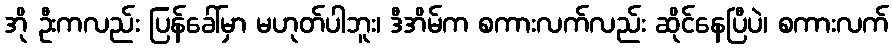
အို ဦးကလည်း ပြန်ခေါ်မှာ မဟုတ်ပါဘူး၊ ဒီအိမ်က စကားလက်လည်း ဆိုင်နေပြီပဲ၊ စကားလက်